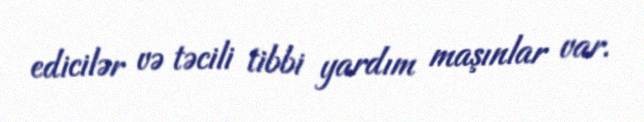
edicilər və təcili tibbi yardım maşınlar var.